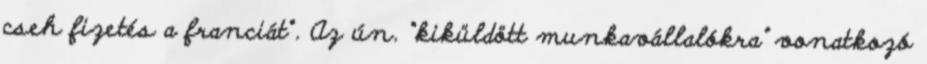
cseh fizetés a franciát“. Az ún. “kiküldött munkavállalókra” vonatkozó